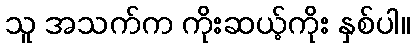
သူ အသက်က ကိုးဆယ့်ကိုး နှစ်ပါ။